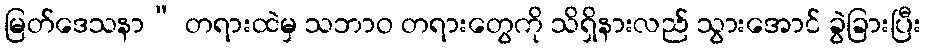
မြတ်ဒေသနာ” တရားထဲမှ သဘာဝ တရားတွေကို သိရှိနားလည် သွားအောင် ခွဲခြားပြီး